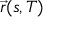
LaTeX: { \vec { r } } ( s , T )